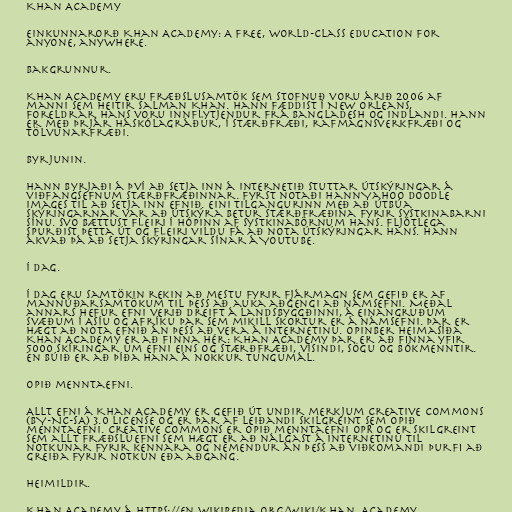
Khan Academy

Einkunnarorð Khan Academy: A free, world-class education for
anyone, anywhere.

Bakgrunnur.

Khan Academy eru fræðslusamtök sem stofnuð voru árið 2006 af
manni sem heitir Salman Khan. Hann fæddist í New Orleans,
foreldrar hans voru innflytjendur frá Bangladesh og Indlandi. Hann
er með þrjár háskólagráður, í stærðfræði, rafmagnsverkfræði og
tölvunarfræði.

Byrjunin.

Hann byrjaði á því að setja inn á internetið stuttar útskýringar á
viðfangsefnum stærðfræðinnar. Fyrst notaði hann Yahoo doodle
Images til að setja inn efnið. Eini tilgangurinn með að útbúa
skýringarnar var að útskýra betur stærðfræðina fyrir systkinabarni
sínu. Svo bættust fleiri í hópinn af systkinabörnum hans. Fljótlega
spurðist þetta út og fleiri vildu fá að nota útskýringar hans. Hann
ákvað þá að setja skýringar sínar á YouTube.

Í dag.

Í dag eru samtökin rekin að mestu fyrir fjármagn sem gefið er af
mannúðarsamtökum til þess að auka aðgengi að námsefni. Meðal
annars hefur efni verið dreift á landsbyggðinni, á einangruðum
svæðum í Asíu og Afríku þar sem mikill skortur er á námsefni. Þar er
hægt að nota efnið án þess að vera á internetinu. Opinber heimasíða
Khan Academy er að finna hér: Khan Academy Þar er að finna yfir
5000 skíringar um efni eins og stærðfræði, vísindi, sögu og bókmenntir.
En búið er að þíða hana á nokkur tungumál.

Opið menntaefni.

Allt efni á Khan Academy er gefið út undir merkjum Creative Commons
(BY-NC-SA) 3.0 license og er þar af leiðandi skilgreint sem opið
menntaefni. Creative Commons er opið menntaefni OPR og er skilgreint
sem allt fræðsluefni sem hægt er að nálgast á internetinu til
notkunar fyrir kennara og nemendur án þess að viðkomandi þurfi að
greiða fyrir notkun eða aðgang.

Heimildir.

Khan Academy á https://en.wikipedia.org/wiki/Khan_Academy